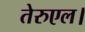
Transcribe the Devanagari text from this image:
तेरुएल।